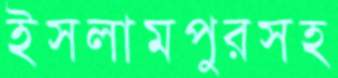
ইসলামপুরসহ